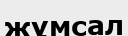
жұмсал